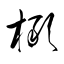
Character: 橄